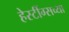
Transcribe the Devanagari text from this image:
हेस्टींग्सच्या